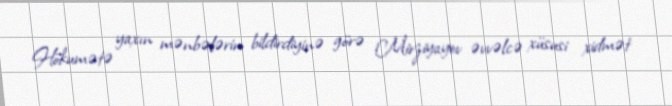
Hökumətə yaxın mənbələrin bildirdiyinə görə Mirziyayev əvvəlcə xüsusi xidmət